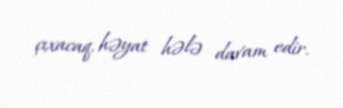
çıxacaq, həyat hələ davam edir.